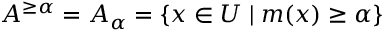
A ^ { \geq \alpha } = A _ { \alpha } = \{ x \in U \mid m ( x ) \geq \alpha \}